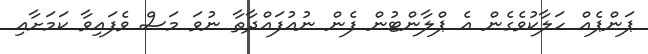
ޕަންޕެއް ހަލާކުވެގެން އެ ޕްލާންޓުން ފެން ނުއުފައްދާތާ ނުވަ މަސް ވެފައިވާ ކަމަށާއި